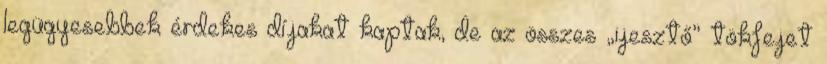
legügyesebbek érdekes díjakat kaptak, de az összes „ijesztő” tökfejet